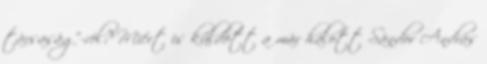
társaság”-ról? Mi­ért is küldött a már halott Sándor András